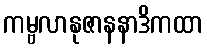
ကမ္ဗလာနုဇာနနာဒိကထာ